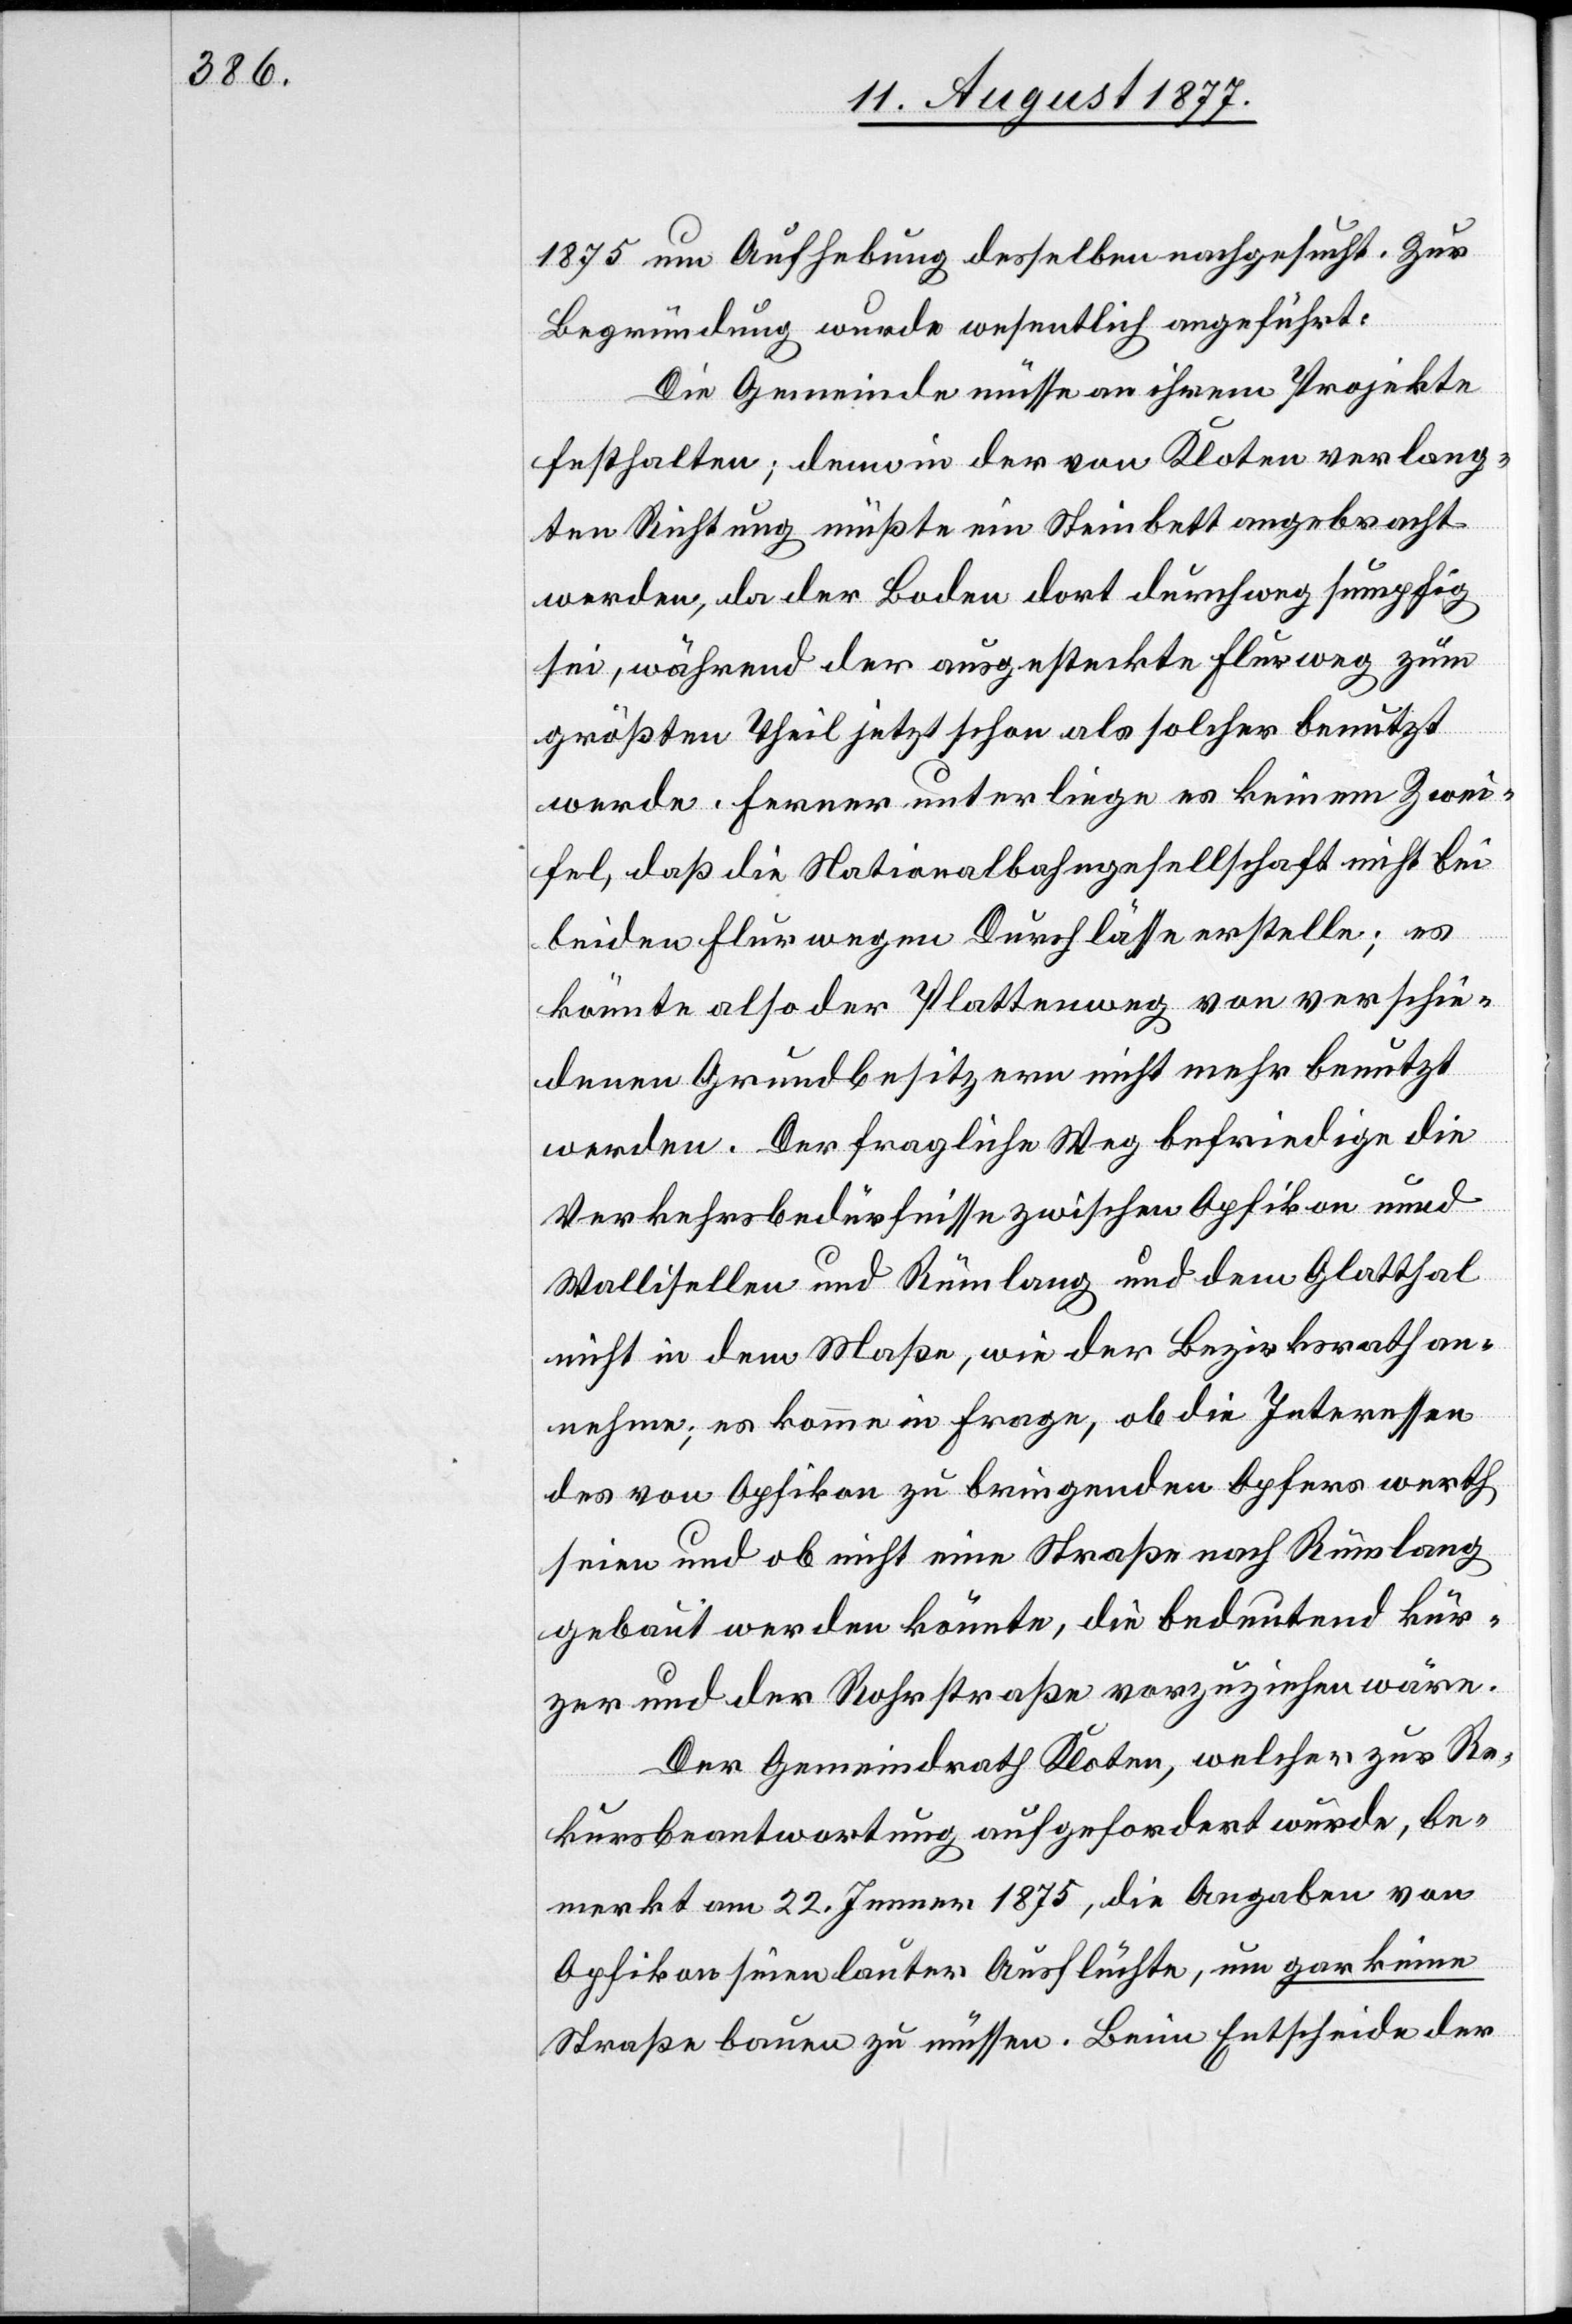
1875 um Aufhebung desselben nachgesucht. Zur
Begründung wurde wesentlich angeführt:
Die Gemeinde müsse an ihrem Projekte
festhalten; denn in der von Kloten verlang¬
ten Richtung müßte ein Steinbett angebracht
werden, da der Boden dort durchweg sumpfig
sei, während der ausgesteckte Flurweg zum
größten Theil jetzt schon als solcher benutzt
werde. Ferner unterliege es keinem Zwei¬
fel, daß die Nationalbahngesellschaft nicht bei
beiden Flurwegen Durchlässe erstelle; es
könnte also der Plattenweg von verschie¬
denen Grundbesitzern nicht mehr benutzt
werden. Der fragliche Weg befriedige die
Verkehrsbedürfnisse zwischen Opfikon unnd
Wallisellen und Rümlang und dem Glatthal
nicht in dem Maße, wie der Bezirksrath an¬
nehme; es komme in Frage, ob die Interessen
des von Opfikon zu bringenden Opfers werth
seien und ob nicht eine Straße nach Rümlang
gebaut werden könnte, die bedeutend kür¬
zer und der Rohrstraße vorzuziehen wäre.
Der Gemeindrath Kloten, welcher zur Re¬
kursbeantwortung aufgefordert wurde, be¬
merkt am 22. Jenner 1875, die Angaben von
Opfikon seien lauter Ausflüchte, um gar keine
Straße bauen zu müssen. Beim Entscheide der